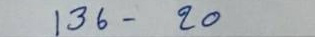
136 - 20